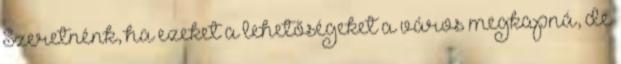
Szeretnénk, ha ezeket a lehetőségeket a város megkapná, de